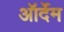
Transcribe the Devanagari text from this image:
ऑर्देम